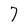
Character: 7